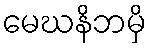
မေဃနိဘမှိ